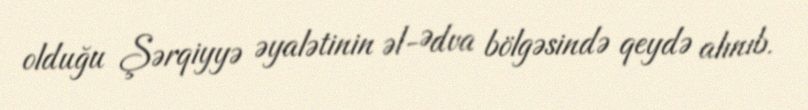
olduğu Şərqiyyə əyalətinin əl-Ədva bölgəsində qeydə alınıb.